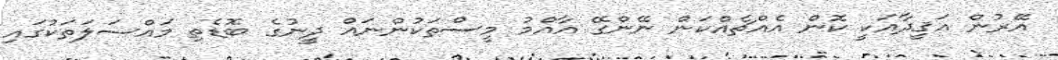
އޭރުން އަޤީދާއަކީ ކޮން އެއްޗެއްކަން ނޭންގޭ އާއްމު މީސްތަކުންނައް ދީނުގެ ބޮޑެތި މައްސަލަތަކުގައި